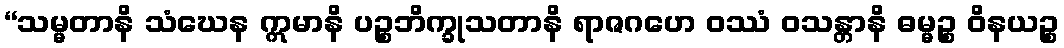
“သမ္မတာနိ သံဃေန ဣမာနိ ပဉ္စဘိက္ခုသတာနိ ရာဇဂဟေ ဝဿံ ဝသန္တာနိ ဓမ္မဉ္စ ဝိနယဉ္စ